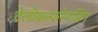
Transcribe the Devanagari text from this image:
टेलीकन्फरेनसिंग